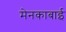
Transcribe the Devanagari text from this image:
मेनकाबाई